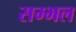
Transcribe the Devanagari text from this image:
सम्‍भल